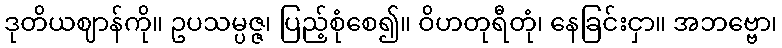
ဒုတိယဈာန်ကို။ ဥပသမ္ပဇ္ဇ၊ ပြည့်စုံစေ၍။ ဝိဟတုရီတုံ၊ နေခြင်းငှာ။ အဘဗ္ဗော၊